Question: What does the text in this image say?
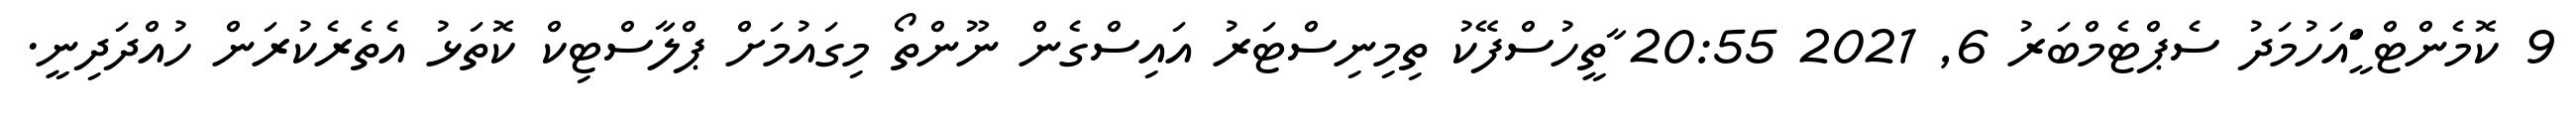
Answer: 9 ކޮމެންޓް ީަަްއަހުމަދު ސެޕްޓެމްބަރު 6, 2021 20:55 ާތީހުސްފޭކު ތިމިނިސްޓަރު އައިސްގެން ނޫންތޯ މިގައުމަށް ޕްލާސްޓިކް ކޮތަޅު އެތެރެކުރަން ހުއްދަދިނީ.